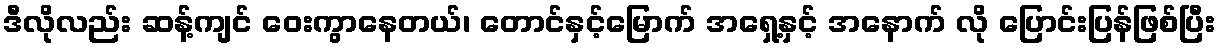
ဒီလိုလည်း ဆန့်ကျင် ဝေးကွာနေတယ်၊ တောင်နှင့်မြောက် အရှေ့နှင့် အနောက် လို ပြောင်းပြန်ဖြစ်ပြီး